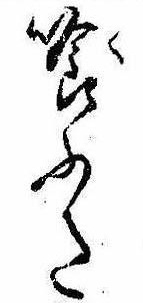
喰ふた